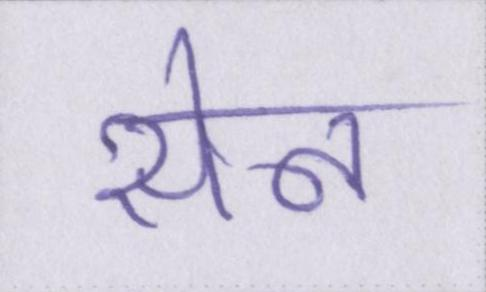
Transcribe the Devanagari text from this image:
सेन